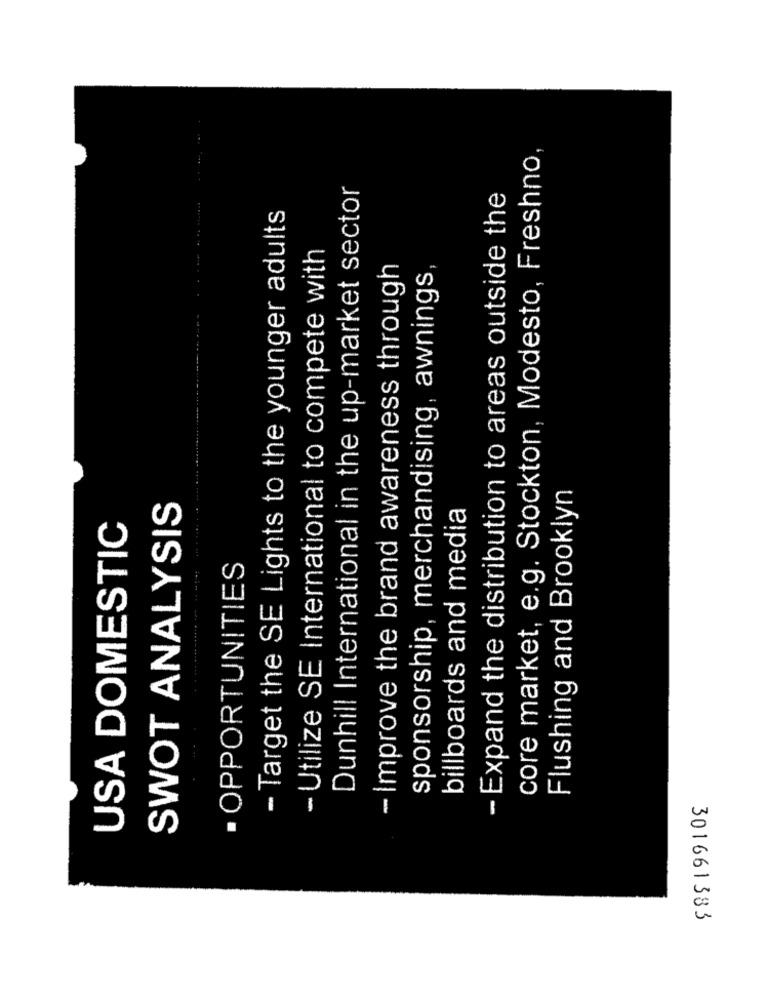
core market, e.g. Stockton, Modesto, Freshno,
Dunhill International in the up-market sector
- Expand the distribution to areas outside the
- Target the SE Lights to the younger adults
- Utilize SE International to compete with
- Improve the brand awareness through
sponsorship, merchandising, awnings
Flushing and Brooklyn
SWOT ANALYSIS
billboards and media
USA DOMESTIC
· OPPORTUNITIES
301661383